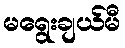
မရွေးချယ်မီ